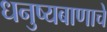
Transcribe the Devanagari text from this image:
धनुष्यबाणाचे